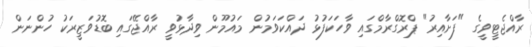
ރާއްޖެޓީވީގެ "ފަށާއިރު" ޕްރޮގްރާމްގައި ވާހަކަފުޅު ދައްކަވަމުން މައުމޫން ވިދާޅުވީ ރާއްޖޭގައި ބޮޑުވަޒީރަކު ހުންނަން